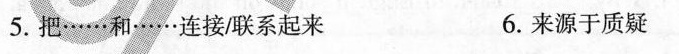
5.把……和……连接联系起来 6.来源于质疑